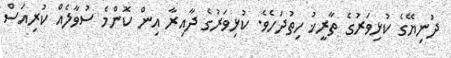
ދުނިޔޭގެ ކުޅިވަރުގެ ތާރީޚު ހިތުދަހެވެ. ކުޅިވަރުގެ ދާއިރާ އިން ކޮންމެ ސުވާލެއް ކުރިއަސް